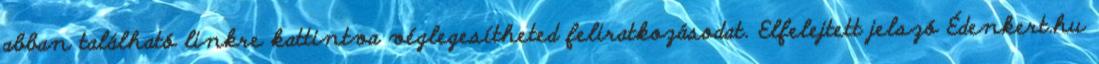
abban található linkre kattintva véglegesítheted feliratkozásodat. Elfelejtett jelszó Édenkert.hu